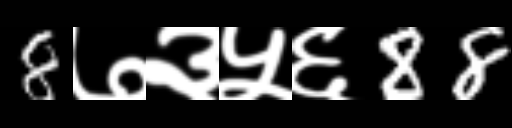
Text: 8७३५६88